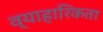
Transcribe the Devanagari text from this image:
व्याहारिकता